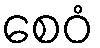
စေဝံ